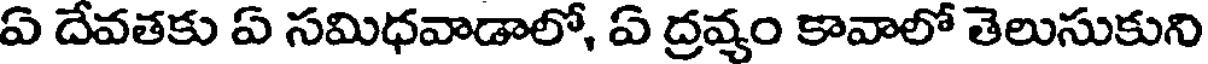
ఏ దేవతకు ఏ సమిధవాడాలో, ఏ ద్రవ్యం కావాలో తెలుసుకుని